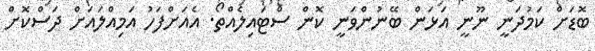
ބޮޑަށް ކަމުދަނީ ނޫނީ އަޅަން ބޭނުންވަނީ ކޮން ސްޓައިލެއްތޯ. އެއަށްފަހު އަމިއްލައަށް ދަސްކޮށް